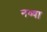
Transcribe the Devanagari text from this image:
नव्‍या